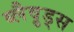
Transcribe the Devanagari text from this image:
ब्लैव़ुड्स